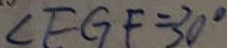
\angle F G F = 3 0 ^ { \circ }